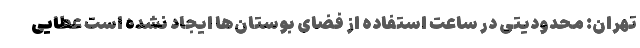
تهران: محدودیتی در ساعت استفاده از فضای بوستان‌ها ایجاد نشده است عطایی